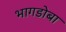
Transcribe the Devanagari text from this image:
भागडोबा